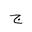
Letter: _gim